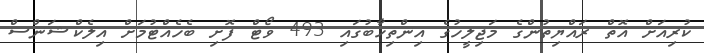
ކުރިއަށް އޮތް ރައްޔިތުންގެ މަޖިލީހުގެ އިންތިހާބުގައި 493 ވޯޓް ފޮށި ބެހެއްޓުމަށް އިލެކްޝަންސް